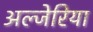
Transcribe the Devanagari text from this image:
अल्जेरिया